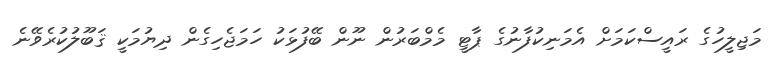
މަޖިލީހުގެ ރައީސްކަމަށް އެމަނިކުފާނުގެ ޕާޓީ މެމްބަރުން ނޫން ބޭފުޅަކު ހަމަޖެހިގެން ދިޔުމަކީ ޤަބޫލުކުރެވޭނެ